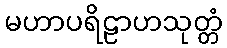
မဟာပရိဠာဟသုတ္တံ